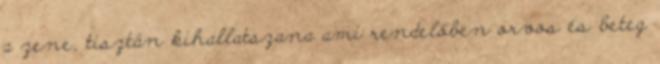
a zene, tisztán kihallatszana ami rendelőben orvos és beteg